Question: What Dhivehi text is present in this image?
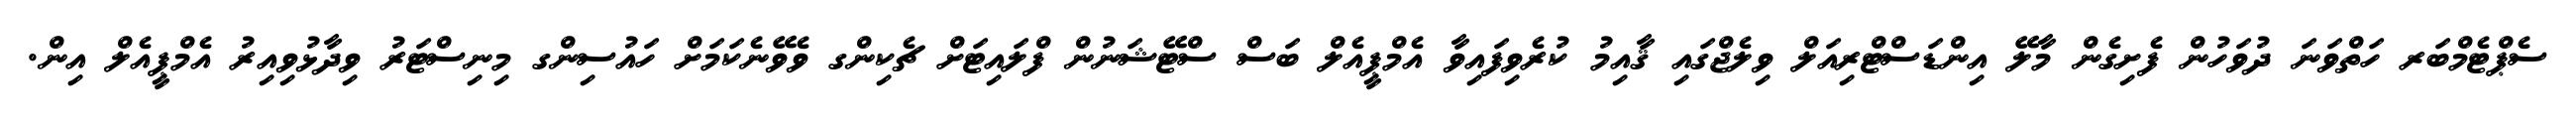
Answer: ސެޕްޓެމްބަރ ހަތްވަނަ ދުވަހުން ފެށިގެން މާލޭ އިންޑަސްޓްރިއަލް ވިލެޖްގައި ޤާއިމު ކުރެވިފައިވާ އެމްޕީއެލް ބަސް ސްޓޭޝަނުން ފްލައިޓަށް ޗެކިންގ ވެވޭނެކަމަށް ހައުސިންގ މިނިސްޓަރު ވިދާޅުވިއިރު އެމްޕީއެލް އިން.